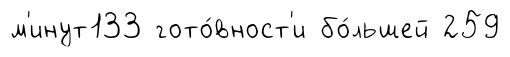
м'инут133 гото́вност'и бо́льшей 259